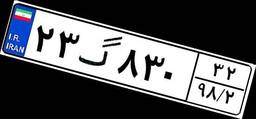
۶۷گ۸۷۶۷۰